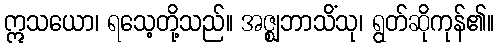
ဣသယော၊ ရသေ့တို့သည်။ အဇ္ဈဘာသိံသု၊ ရွတ်ဆိုကုန်၏။